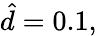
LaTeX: \hat{d}=0.1,